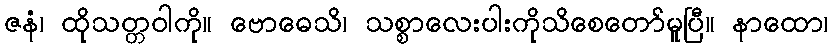
ဇနံ၊ ထိုသတ္တဝါကို။ ဗောဓေသိ၊ သစ္စာလေးပါးကိုသိစေတော်မူပြီ။ နာထော၊